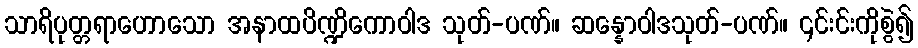
သာရိပုတ္တရာဟောသော အနာထပိဏ္ဍိကောဝါဒ သုတ်-ပဏ်။ ဆန္နောဝါဒသုတ်-ပဏ်။ ၎င်းင်းကိုစွဲ၍